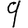
Digit: 9